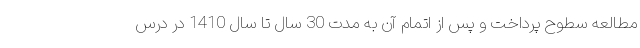
مطالعه سطوح پرداخت و پس از اتمام آن به مدت 30 سال تا سال 1410 در درس